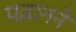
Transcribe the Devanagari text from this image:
पढ़ानने